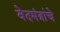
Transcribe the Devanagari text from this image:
वेदमंत्रांचे